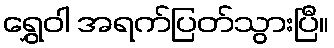
ရွှေဝါ အရက်ပြတ်သွားပြီ။